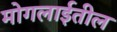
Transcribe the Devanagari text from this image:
मोगलाईतील